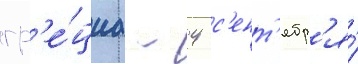
гр'е́циа - 4 с'ент'ябр'я́